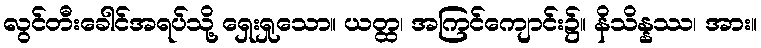
လွင်တီးခေါင်အရပ်သို့ ရှေးရှုသော။ ယတ္ထ၊ အကြင်ကျောင်း၌။ နိသိန္နဿ၊ အား။